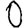
Digit: 0